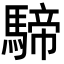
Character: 𩤢